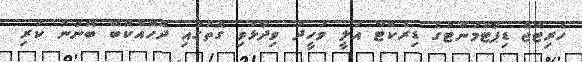
ހެރިޓޭޖް ޑިޕާޓްމަންޓުގެ ޑިރެކްޓާ އަލީ ވަހީދު ވިދާޅުވި ގޮތުގައި ދޮހޮއްކޮބޭ ބޭނުން ކުރި